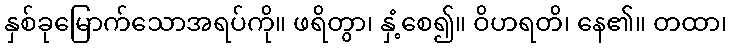
နှစ်ခုမြောက်သောအရပ်ကို။ ဖရိတွာ၊ နှံ့စေ၍။ ဝိဟရတိ၊ နေ၏။ တထာ၊